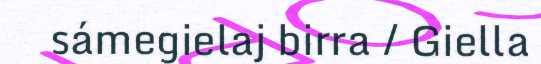
sámegielaj birra / Giella